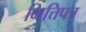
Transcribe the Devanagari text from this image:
भित्तिपत्र